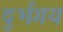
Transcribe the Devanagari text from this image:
दुर्भगय